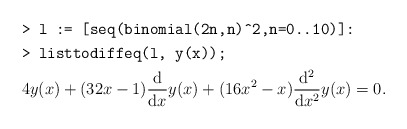
\begin{align*} &\texttt{> l := [seq(binomial(2n,n)\^{}2,n=0..10)]:}\\ &\texttt{> listtodiffeq(l, y(x));}\\ &4y(x) + (32x - 1)\frac{\mathrm{d}}{\mathrm{d}x}y(x) + (16x^2 - x)\frac{\mathrm{d}^2}{\mathrm{d}x^2}y(x) = 0.\end{align*}